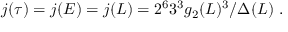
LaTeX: j ( \tau ) = j ( E ) = j ( L ) = 2 ^ { 6 } 3 ^ { 3 } g _ { 2 } ( L ) ^ { 3 } / \Delta ( L ) \ .